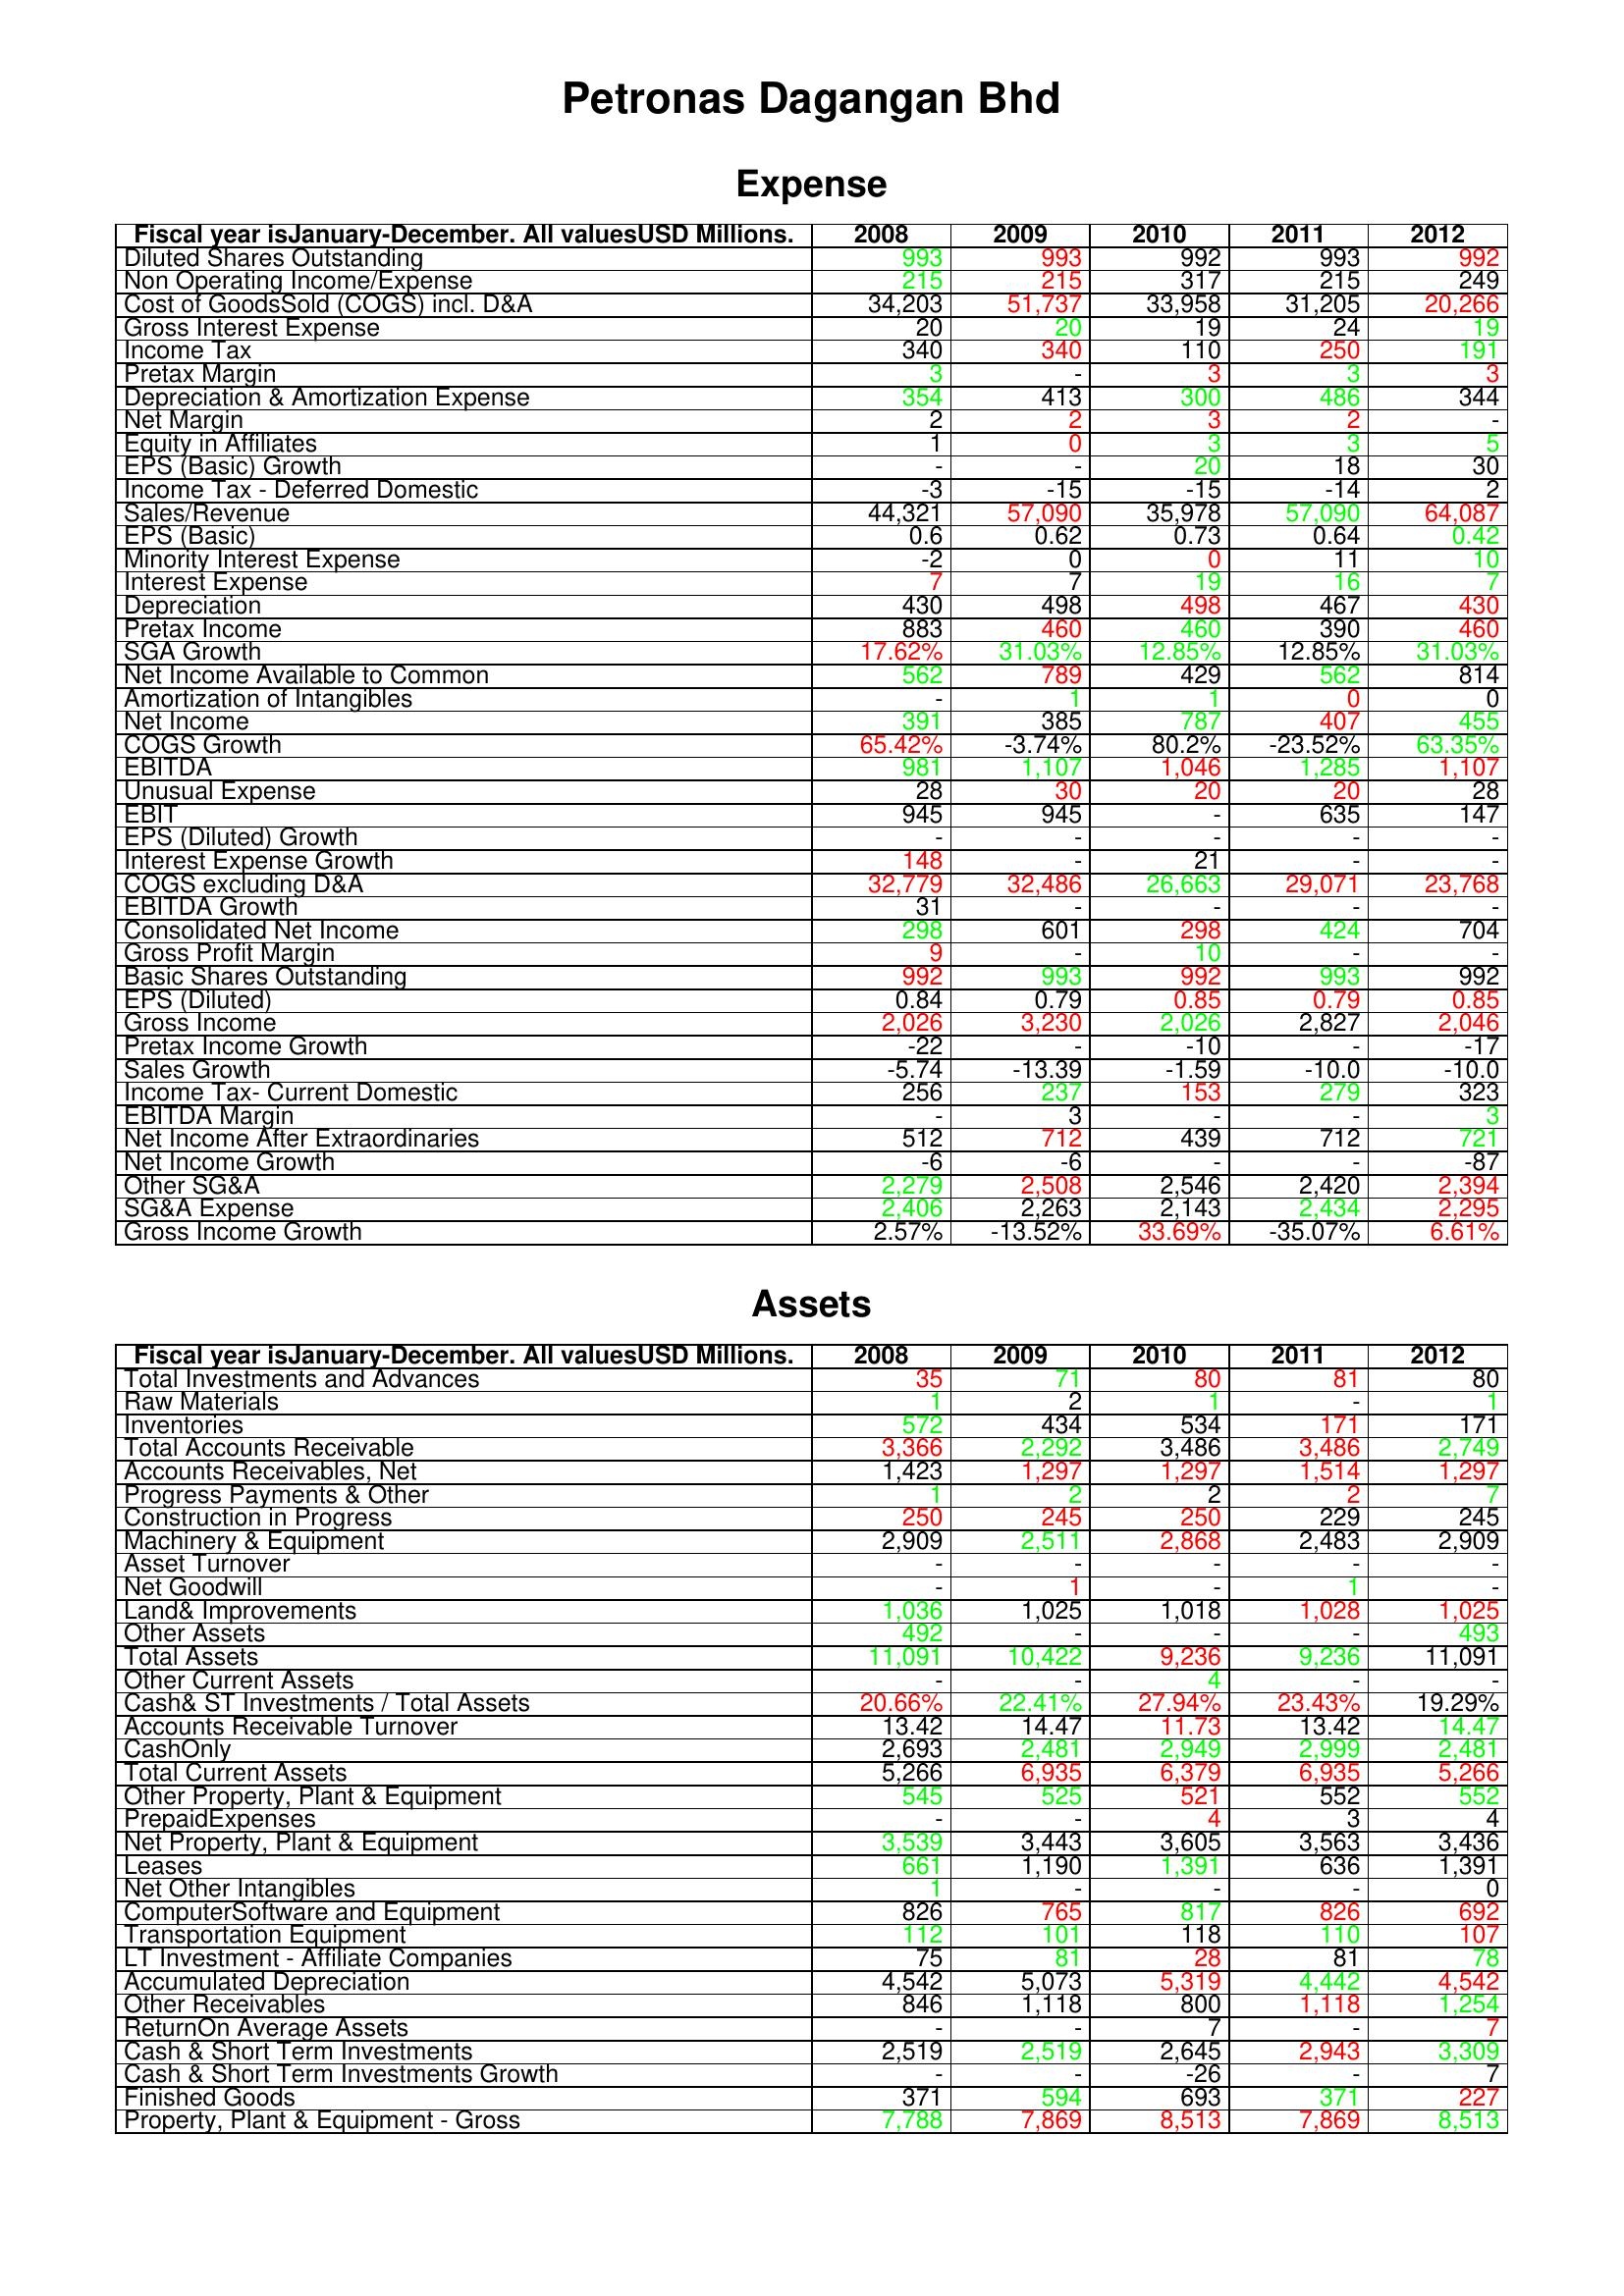
gt_parse: 2008: Expense: Diluted Shares Outstanding: 993
Non Operating Income/Expense: 215
Cost of GoodsSold (COGS) incl. D&A: 34,203
Gross Interest Expense: 20
Income Tax: 340
Pretax Margin: 3
Depreciation & Amortization Expense: 354
Net Margin: 2
Equity in Affiliates: 1
EPS (Basic) Growth: -
Income Tax - Deferred Domestic: -3
Sales/Revenue: 44,321
EPS (Basic): 0.6
Minority Interest Expense: -2
Interest Expense: 7
Depreciation: 430
Pretax Income: 883
SGA Growth: 17.62%
Net Income Available to Common: 562
Amortization of Intangibles: -
Net Income: 391
COGS Growth: 65.42%
EBITDA: 981
Unusual Expense: 28
EBIT: 945
EPS (Diluted) Growth: -
Interest Expense Growth: 148
COGS excluding D&A: 32,779
EBITDA Growth: 31
Consolidated Net Income: 298
Gross Profit Margin: 9
Basic Shares Outstanding: 992
EPS (Diluted): 0.84
Gross Income: 2,026
Pretax Income Growth: -22
Sales Growth: -5.74
Income Tax- Current Domestic: 256
EBITDA Margin: -
Net Income After Extraordinaries: 512
Net Income Growth: -6
Other SG&A: 2,279
SG&A Expense: 2,406
Gross Income Growth: 2.57%
Assets: Total Investments and Advances: 35
Raw Materials: 1
Inventories: 572
Total Accounts Receivable: 3,366
Accounts Receivables, Net: 1,423
Progress Payments & Other: 1
Construction in Progress: 250
Machinery & Equipment: 2,909
Asset Turnover: -
Net Goodwill: -
Land& Improvements: 1,036
Other Assets: 492
Total Assets: 11,091
Other Current Assets: -
Cash& ST Investments / Total Assets: 20.66%
Accounts Receivable Turnover: 13.42
CashOnly: 2,693
Total Current Assets: 5,266
Other Property, Plant & Equipment: 545
PrepaidExpenses: -
Net Property, Plant & Equipment: 3,539
Leases: 661
Net Other Intangibles: 1
ComputerSoftware and Equipment: 826
Transportation Equipment: 112
LT Investment - Affiliate Companies: 75
Accumulated Depreciation: 4,542
Other Receivables: 846
ReturnOn Average Assets: -
Cash & Short Term Investments: 2,519
Cash & Short Term Investments Growth: -
Finished Goods: 371
Property, Plant & Equipment - Gross : 7,788
2009: Expense: Diluted Shares Outstanding: 993
Non Operating Income/Expense: 215
Cost of GoodsSold (COGS) incl. D&A: 51,737
Gross Interest Expense: 20
Income Tax: 340
Pretax Margin: -
Depreciation & Amortization Expense: 413
Net Margin: 2
Equity in Affiliates: 0
EPS (Basic) Growth: -
Income Tax - Deferred Domestic: -15
Sales/Revenue: 57,090
EPS (Basic): 0.62
Minority Interest Expense: 0
Interest Expense: 7
Depreciation: 498
Pretax Income: 460
SGA Growth: 31.03%
Net Income Available to Common: 789
Amortization of Intangibles: 1
Net Income: 385
COGS Growth: -3.74%
EBITDA: 1,107
Unusual Expense: 30
EBIT: 945
EPS (Diluted) Growth: -
Interest Expense Growth: -
COGS excluding D&A: 32,486
EBITDA Growth: -
Consolidated Net Income: 601
Gross Profit Margin: -
Basic Shares Outstanding: 993
EPS (Diluted): 0.79
Gross Income: 3,230
Pretax Income Growth: -
Sales Growth: -13.39
Income Tax- Current Domestic: 237
EBITDA Margin: 3
Net Income After Extraordinaries: 712
Net Income Growth: -6
Other SG&A: 2,508
SG&A Expense: 2,263
Gross Income Growth: -13.52%
Assets: Total Investments and Advances: 71
Raw Materials: 2
Inventories: 434
Total Accounts Receivable: 2,292
Accounts Receivables, Net: 1,297
Progress Payments & Other: 2
Construction in Progress: 245
Machinery & Equipment: 2,511
Asset Turnover: -
Net Goodwill: 1
Land& Improvements: 1,025
Other Assets: -
Total Assets: 10,422
Other Current Assets: -
Cash& ST Investments / Total Assets: 22.41%
Accounts Receivable Turnover: 14.47
CashOnly: 2,481
Total Current Assets: 6,935
Other Property, Plant & Equipment: 525
PrepaidExpenses: -
Net Property, Plant & Equipment: 3,443
Leases: 1,190
Net Other Intangibles: -
ComputerSoftware and Equipment: 765
Transportation Equipment: 101
LT Investment - Affiliate Companies: 81
Accumulated Depreciation: 5,073
Other Receivables: 1,118
ReturnOn Average Assets: -
Cash & Short Term Investments: 2,519
Cash & Short Term Investments Growth: -
Finished Goods: 594
Property, Plant & Equipment - Gross : 7,869
2010: Expense: Diluted Shares Outstanding: 992
Non Operating Income/Expense: 317
Cost of GoodsSold (COGS) incl. D&A: 33,958
Gross Interest Expense: 19
Income Tax: 110
Pretax Margin: 3
Depreciation & Amortization Expense: 300
Net Margin: 3
Equity in Affiliates: 3
EPS (Basic) Growth: 20
Income Tax - Deferred Domestic: -15
Sales/Revenue: 35,978
EPS (Basic): 0.73
Minority Interest Expense: 0
Interest Expense: 19
Depreciation: 498
Pretax Income: 460
SGA Growth: 12.85%
Net Income Available to Common: 429
Amortization of Intangibles: 1
Net Income: 787
COGS Growth: 80.2%
EBITDA: 1,046
Unusual Expense: 20
EBIT: -
EPS (Diluted) Growth: -
Interest Expense Growth: 21
COGS excluding D&A: 26,663
EBITDA Growth: -
Consolidated Net Income: 298
Gross Profit Margin: 10
Basic Shares Outstanding: 992
EPS (Diluted): 0.85
Gross Income: 2,026
Pretax Income Growth: -10
Sales Growth: -1.59
Income Tax- Current Domestic: 153
EBITDA Margin: -
Net Income After Extraordinaries: 439
Net Income Growth: -
Other SG&A: 2,546
SG&A Expense: 2,143
Gross Income Growth: 33.69%
Assets: Total Investments and Advances: 80
Raw Materials: 1
Inventories: 534
Total Accounts Receivable: 3,486
Accounts Receivables, Net: 1,297
Progress Payments & Other: 2
Construction in Progress: 250
Machinery & Equipment: 2,868
Asset Turnover: -
Net Goodwill: -
Land& Improvements: 1,018
Other Assets: -
Total Assets: 9,236
Other Current Assets: 4
Cash& ST Investments / Total Assets: 27.94%
Accounts Receivable Turnover: 11.73
CashOnly: 2,949
Total Current Assets: 6,379
Other Property, Plant & Equipment: 521
PrepaidExpenses: 4
Net Property, Plant & Equipment: 3,605
Leases: 1,391
Net Other Intangibles: -
ComputerSoftware and Equipment: 817
Transportation Equipment: 118
LT Investment - Affiliate Companies: 28
Accumulated Depreciation: 5,319
Other Receivables: 800
ReturnOn Average Assets: 7
Cash & Short Term Investments: 2,645
Cash & Short Term Investments Growth: -26
Finished Goods: 693
Property, Plant & Equipment - Gross : 8,513
2011: Expense: Diluted Shares Outstanding: 993
Non Operating Income/Expense: 215
Cost of GoodsSold (COGS) incl. D&A: 31,205
Gross Interest Expense: 24
Income Tax: 250
Pretax Margin: 3
Depreciation & Amortization Expense: 486
Net Margin: 2
Equity in Affiliates: 3
EPS (Basic) Growth: 18
Income Tax - Deferred Domestic: -14
Sales/Revenue: 57,090
EPS (Basic): 0.64
Minority Interest Expense: 11
Interest Expense: 16
Depreciation: 467
Pretax Income: 390
SGA Growth: 12.85%
Net Income Available to Common: 562
Amortization of Intangibles: 0
Net Income: 407
COGS Growth: -23.52%
EBITDA: 1,285
Unusual Expense: 20
EBIT: 635
EPS (Diluted) Growth: -
Interest Expense Growth: -
COGS excluding D&A: 29,071
EBITDA Growth: -
Consolidated Net Income: 424
Gross Profit Margin: -
Basic Shares Outstanding: 993
EPS (Diluted): 0.79
Gross Income: 2,827
Pretax Income Growth: -
Sales Growth: -10.0
Income Tax- Current Domestic: 279
EBITDA Margin: -
Net Income After Extraordinaries: 712
Net Income Growth: -
Other SG&A: 2,420
SG&A Expense: 2,434
Gross Income Growth: -35.07%
Assets: Total Investments and Advances: 81
Raw Materials: -
Inventories: 171
Total Accounts Receivable: 3,486
Accounts Receivables, Net: 1,514
Progress Payments & Other: 2
Construction in Progress: 229
Machinery & Equipment: 2,483
Asset Turnover: -
Net Goodwill: 1
Land& Improvements: 1,028
Other Assets: -
Total Assets: 9,236
Other Current Assets: -
Cash& ST Investments / Total Assets: 23.43%
Accounts Receivable Turnover: 13.42
CashOnly: 2,999
Total Current Assets: 6,935
Other Property, Plant & Equipment: 552
PrepaidExpenses: 3
Net Property, Plant & Equipment: 3,563
Leases: 636
Net Other Intangibles: -
ComputerSoftware and Equipment: 826
Transportation Equipment: 110
LT Investment - Affiliate Companies: 81
Accumulated Depreciation: 4,442
Other Receivables: 1,118
ReturnOn Average Assets: -
Cash & Short Term Investments: 2,943
Cash & Short Term Investments Growth: -
Finished Goods: 371
Property, Plant & Equipment - Gross : 7,869
2012: Expense: Diluted Shares Outstanding: 992
Non Operating Income/Expense: 249
Cost of GoodsSold (COGS) incl. D&A: 20,266
Gross Interest Expense: 19
Income Tax: 191
Pretax Margin: 3
Depreciation & Amortization Expense: 344
Net Margin: -
Equity in Affiliates: 5
EPS (Basic) Growth: 30
Income Tax - Deferred Domestic: 2
Sales/Revenue: 64,087
EPS (Basic): 0.42
Minority Interest Expense: 10
Interest Expense: 7
Depreciation: 430
Pretax Income: 460
SGA Growth: 31.03%
Net Income Available to Common: 814
Amortization of Intangibles: 0
Net Income: 455
COGS Growth: 63.35%
EBITDA: 1,107
Unusual Expense: 28
EBIT: 147
EPS (Diluted) Growth: -
Interest Expense Growth: -
COGS excluding D&A: 23,768
EBITDA Growth: -
Consolidated Net Income: 704
Gross Profit Margin: -
Basic Shares Outstanding: 992
EPS (Diluted): 0.85
Gross Income: 2,046
Pretax Income Growth: -17
Sales Growth: -10.0
Income Tax- Current Domestic: 323
EBITDA Margin: 3
Net Income After Extraordinaries: 721
Net Income Growth: -87
Other SG&A: 2,394
SG&A Expense: 2,295
Gross Income Growth: 6.61%
Assets: Total Investments and Advances: 80
Raw Materials: 1
Inventories: 171
Total Accounts Receivable: 2,749
Accounts Receivables, Net: 1,297
Progress Payments & Other: 7
Construction in Progress: 245
Machinery & Equipment: 2,909
Asset Turnover: -
Net Goodwill: -
Land& Improvements: 1,025
Other Assets: 493
Total Assets: 11,091
Other Current Assets: -
Cash& ST Investments / Total Assets: 19.29%
Accounts Receivable Turnover: 14.47
CashOnly: 2,481
Total Current Assets: 5,266
Other Property, Plant & Equipment: 552
PrepaidExpenses: 4
Net Property, Plant & Equipment: 3,436
Leases: 1,391
Net Other Intangibles: 0
ComputerSoftware and Equipment: 692
Transportation Equipment: 107
LT Investment - Affiliate Companies: 78
Accumulated Depreciation: 4,542
Other Receivables: 1,254
ReturnOn Average Assets: 7
Cash & Short Term Investments: 3,309
Cash & Short Term Investments Growth: 7
Finished Goods: 227
Property, Plant & Equipment - Gross : 8,513